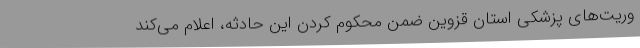
وریت‌های پزشکی استان قزوین ضمن محکوم کردن این حادثه، اعلام می‌کند